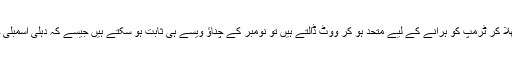
اگر یہ تمام گروہ نومبر میں باقی تمام نااتفاقیوں کو بھلا کر ٹرمپ کو ہرانے کے لیے متحد ہو کر ووٹ ڈالتے ہیں تو نومبر کے چناؤ ویسے ہی ثابت ہو سکتے ہیں جیسے کہ دہلی اسمبلی چناؤ ثابت ہوئے تھے جن میں کیجریوال جیتے تھے۔